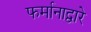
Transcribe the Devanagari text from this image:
फर्मानाद्वारे